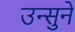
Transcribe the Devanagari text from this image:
उन्सुने